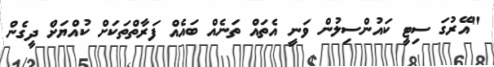
"އޭރުގަ ސިޓީ ކައުންސިލުން ވަނީ އެތައް ތަނެއް ބައެއް ފަރާތްތަކަށް ކުއްޔަށް ދީގެން